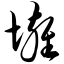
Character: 壅